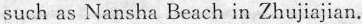
such as Nansha Beach in Zhujiajian.